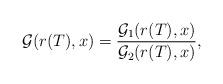
LaTeX: \begin{align*} \mathcal{G}(r(T), x) = \frac{\mathcal{G}_1(r(T), x)}{\mathcal{G}_2(r(T), x)} , \end{align*}